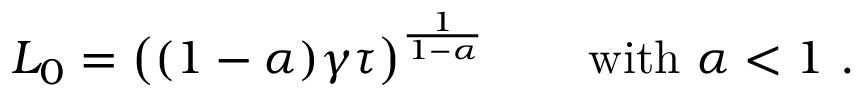
L _ { 0 } = \left( ( 1 - \alpha ) \gamma \tau \right) ^ { \frac { 1 } { 1 - \alpha } } \qquad \mathrm { w i t h } \ \alpha < 1 \ .